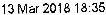
13 MAR 2018 18:35